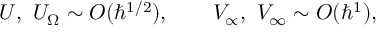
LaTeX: U , \ U _ { \Omega } \sim O ( \hbar ^ { 1 / 2 } ) , \qquad V _ { \propto } , \ V _ { \infty } \sim O ( \hbar ^ { 1 } ) ,